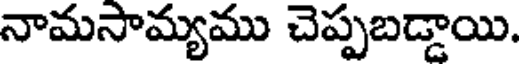
నామసామ్యము చెప్పబడ్డాయి.